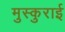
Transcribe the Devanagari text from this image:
मुस्कुराई